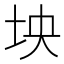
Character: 坱